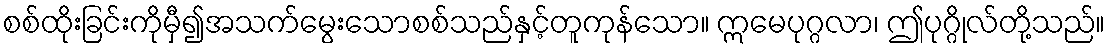
စစ်ထိုးခြင်းကိုမှီ၍အသက်မွေးသောစစ်သည်နှင့်တူကုန်သော။ ဣမေပုဂ္ဂလာ၊ ဤပုဂ္ဂိုလ်တို့သည်။